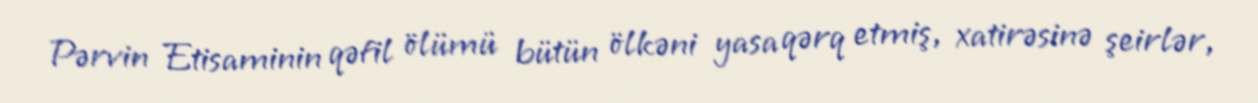
Pərvin Etisaminin qəfil ölümü bütün ölkəni yasa qərq etmiş, xatirəsinə şeirlər,